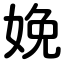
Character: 娩